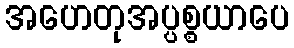
အဟေတုအပ္ပစ္စယာပေ